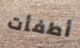
أطفأت